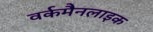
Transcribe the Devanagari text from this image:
वर्कमैनलाइक